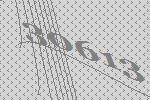
30613